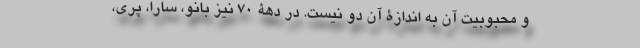
و محبوبیت آن به اندازۀ آن دو نیست. در دهۀ 70 نیز بانو، سارا، پری،